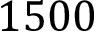
1 5 0 0